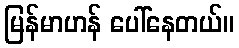
မြန်မာဟန် ပေါ်နေတယ်။